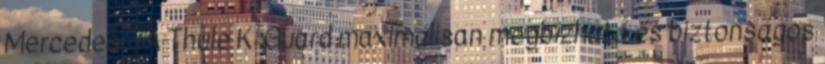
Mercedes, . A Thule K-Guard maximálisan megbízható és biztonságos